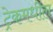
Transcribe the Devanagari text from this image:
ट्रेकमधील